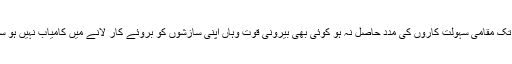
جب تک مقامی سہولت کاروں کی مدد حاصل نہ ہو کوئی بھی بیرونی قوت وہاں اپنی سازشوں کو بروئے کار لانے میں کامیاب نہیں ہو سکتی۔